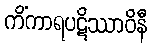
ကိံကာရပဋိဿာဝိနီ